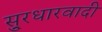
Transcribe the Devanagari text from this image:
सु्रधारवादी